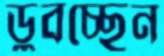
ডুবচ্ছেন